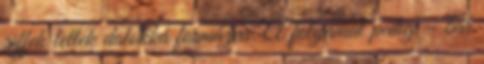
riffek lettek dalokká formázva. A folyamat pedig – bár